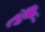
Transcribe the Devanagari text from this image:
हैॅ